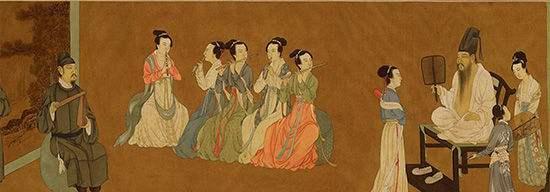
顾小而忘大，後必有害狐疑犹豫，後必有悔。